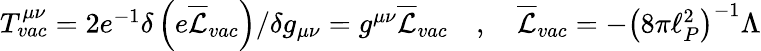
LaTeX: \begin{array}{r}{T_{vac}^{\mu\nu}=2e^{-1}\delta\left(e\overline{{\mathcal{L}}}_{vac}\right)/\delta g_{\mu\nu}=g^{\mu\nu}\overline{{\mathcal{L}}}_{vac}\quad,\quad\overline{{\mathcal{L}}}_{vac}=-\left(8\pi\ell_{P}^{2}\right)^{-1}\Lambda}\end{array}